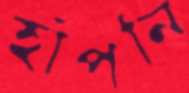
হাঁপনি